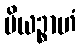
ပိယဉ္စာဟံ